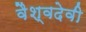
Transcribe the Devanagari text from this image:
वैश्वदेवी